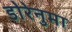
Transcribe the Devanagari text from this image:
डोरेनुमा